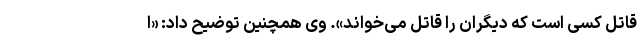
قاتل کسی است که دیگران را قاتل می‌خواند». وی همچنین توضیح داد: «ا